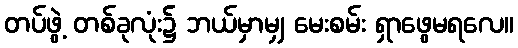
တပ်ဖွဲ့ တစ်ခုလုံး၌ ဘယ်မှာမျှ မေးစမ်း ရှာဖွေမရလေ။